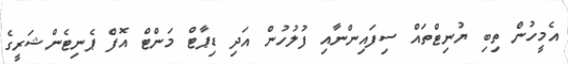
އެމީހުން ތިބި ޔުނިޓްތައް ސިފައިންނާއި ފުލުހުން އަދި ޑިޕާޓް މަންޓް އޮފް ޕެނިޓެންޝަރީގެ